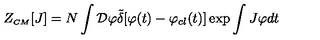
Z _ { \scriptscriptstyle C M } [ J ] = N \int { \cal D } \varphi { \tilde { \delta } } [ \varphi ( t ) - \varphi _ { c l } ( t ) ] \exp \int J \varphi d t